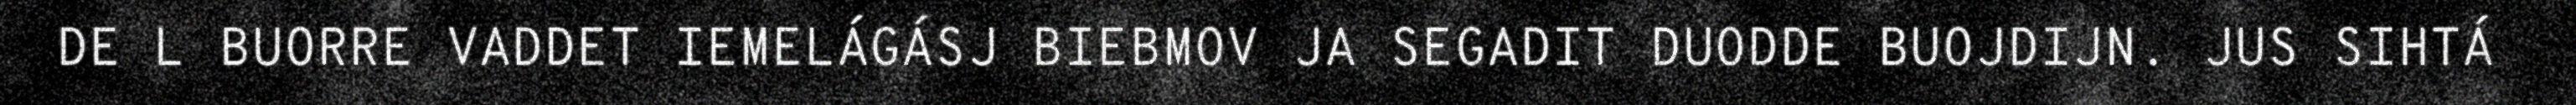
DE L BUORRE VADDET IEMELÁGÁSJ BIEBMOV JA SEGADIT DUODDE BUOJDIJN. JUS SIHTÁ